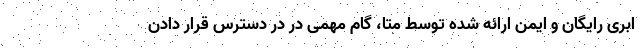
ابری رایگان و ایمن ارائه شده توسط متا، گام مهمی در در دسترس قرار دادن